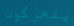
يتحركون